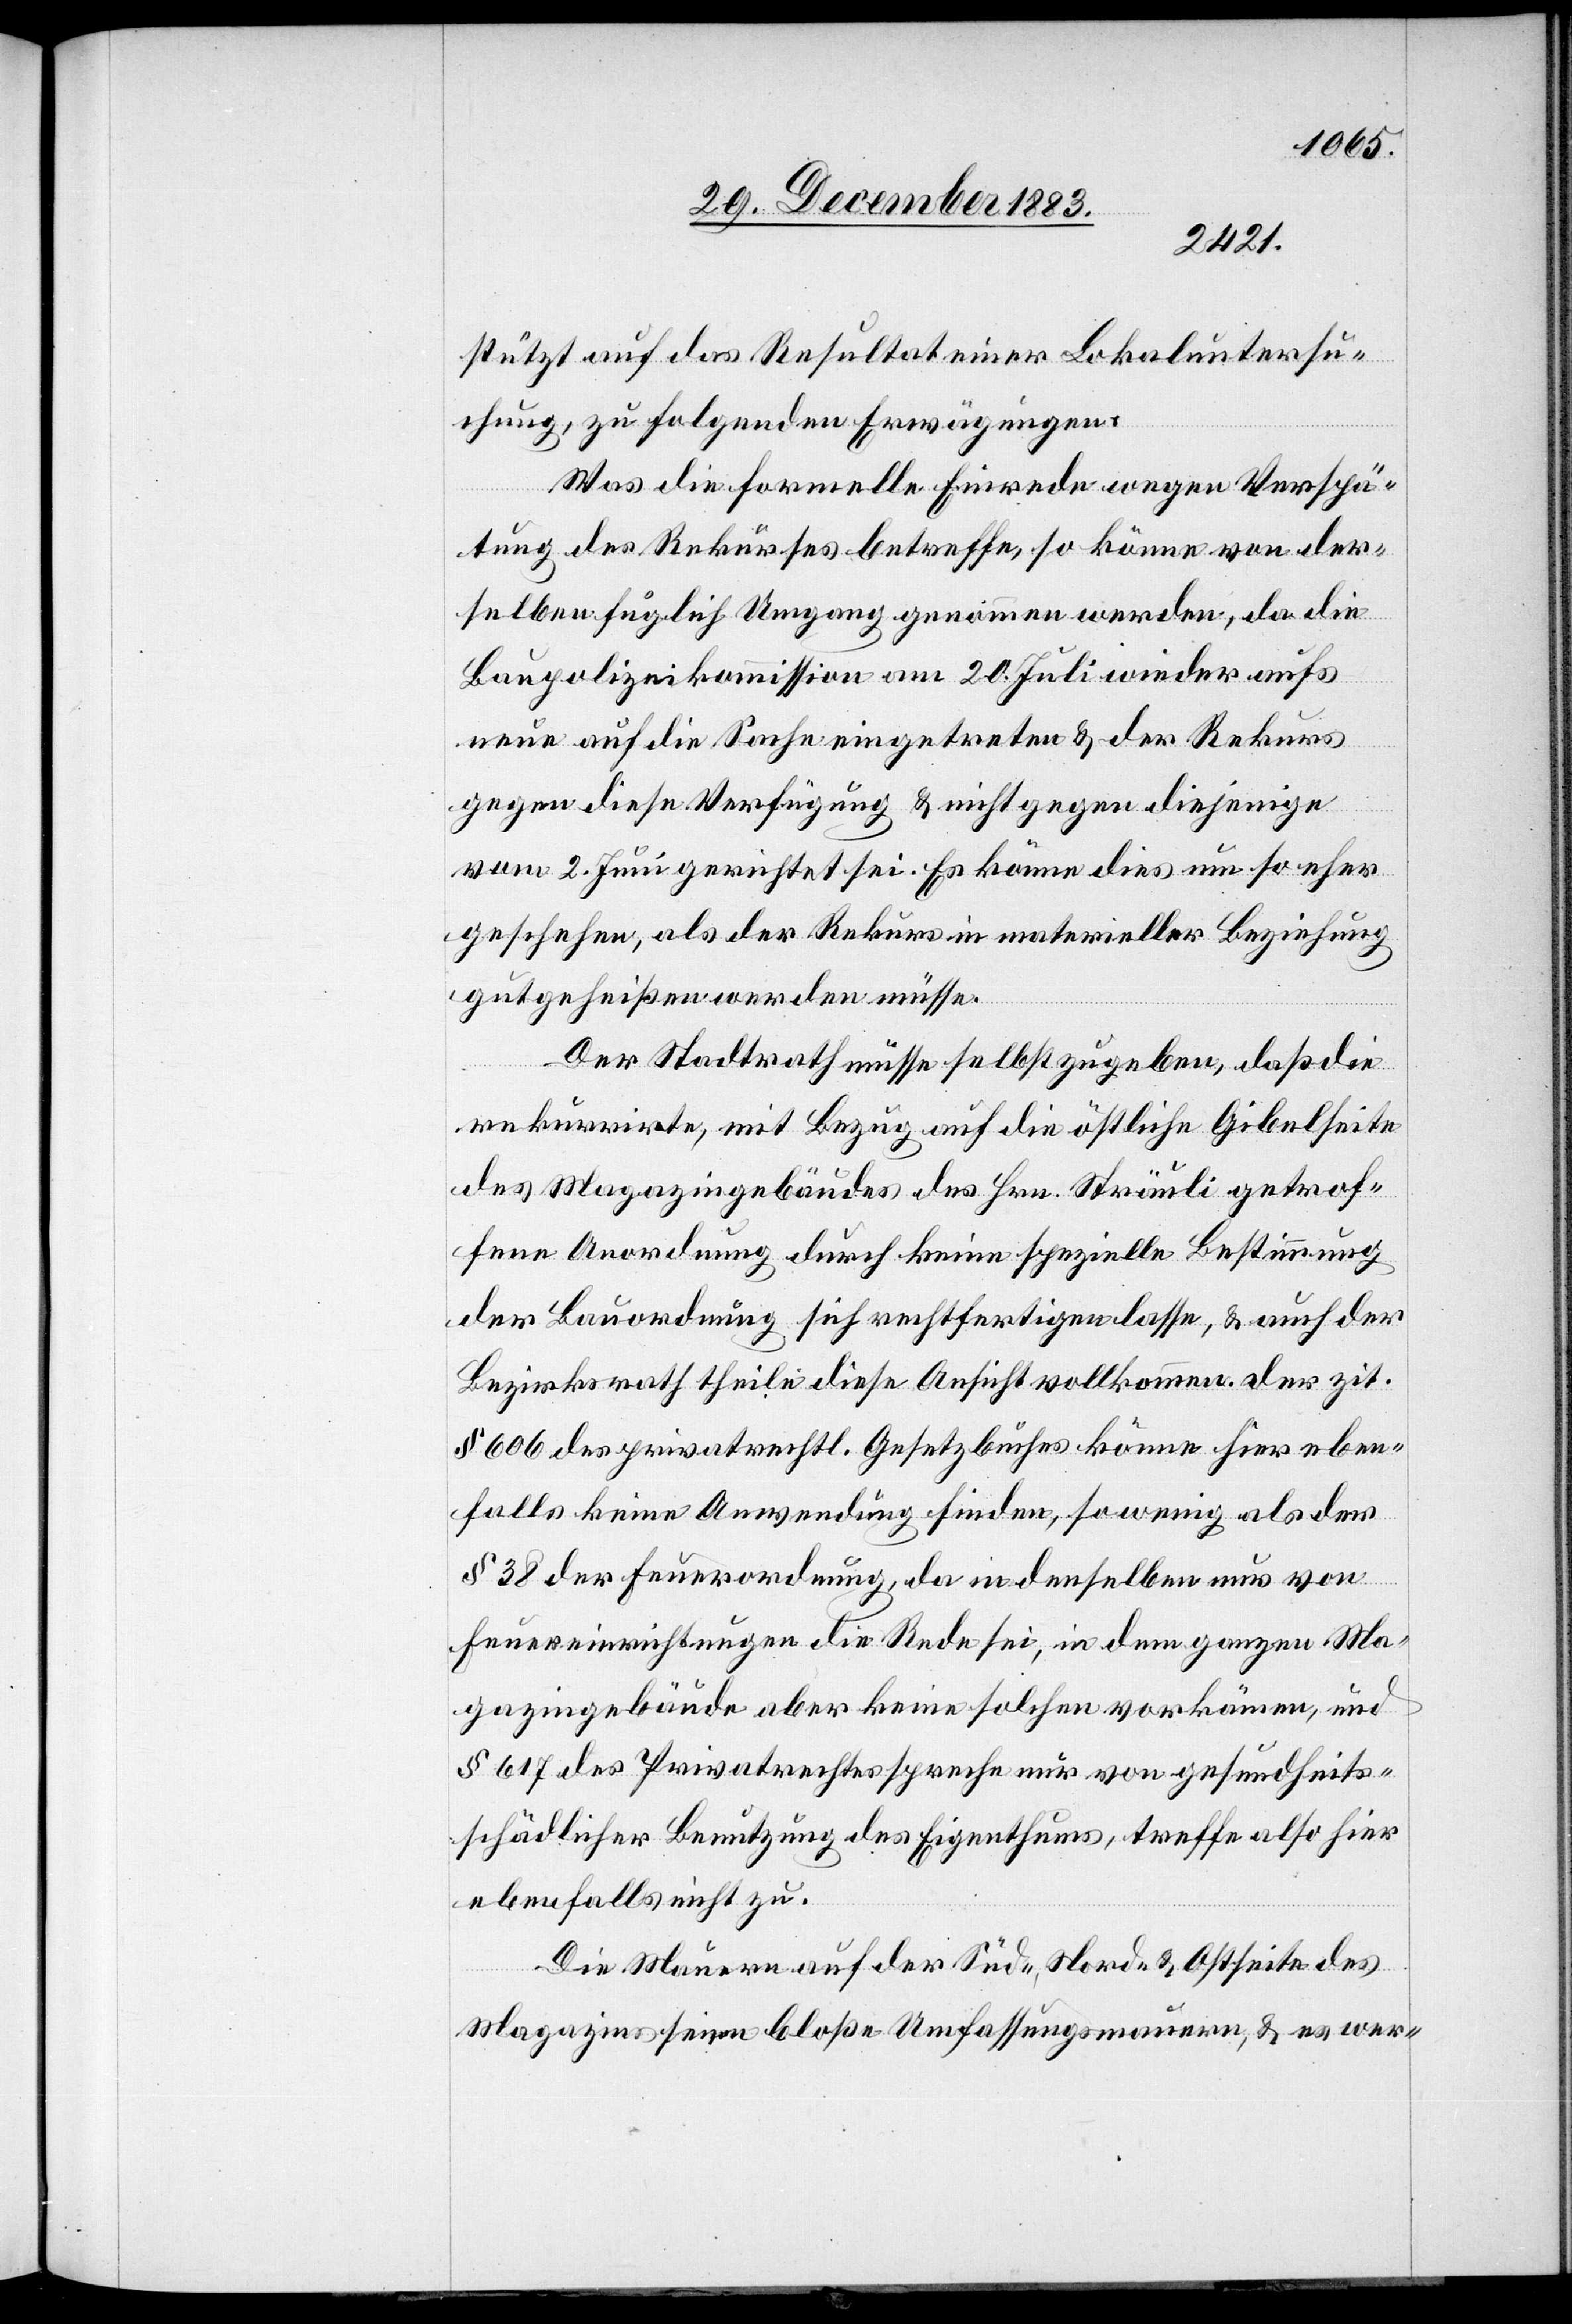
zit.
stützt auf das Resultat einer Lokaluntersu¬
chung, zu folgenden Erwägungen:
Was die formelle Einrede wegen Verspä¬
tung des Rekurses betreffe, so könne von der¬
selben fuglich Umgang genommen werden, da die
Baupolizeikommission am 20. Juli wieder aufs
neue auf die Sache eingetreten & der Rekurs
gegen diese Verfügung & nicht gegen diejenige
vom 2. Juni gerichtet sei. Es könne dies um so eher
geschehen, als der Rekurs in materieller Beziehung
gutgeheißen werden müsse.
Der Stadtrath müsse selbst zugeben, daß die
rekurrirte, mit Bezug auf die östliche Gibelseite
des Magazingebäudes des Hrn. Sträuli getrof¬
fene Anordnung durch keine spezielle Bestimmung
der Bauordnung sich rechtfertigen lasse, & auch der
Bezirksrath theile diese Ansicht vollkommen. der
§ 606 des privatrechtl. Gesetzbuches könne hier eben¬
falls keine Anwendung finden, so wenig als der
§ 38 der Feuerordnung, da in denselben nur von
Feuereinrichtungen die Rede sei, in dem ganzen Ma¬
gazingebäude aber keine solchen vorkämen, und
§ 617 des Privatrechtes spreche nur von gesundheits¬
schädlicher Benutzung des Eigenthums, treffe also hier
ebenfalls nicht zu.
Die Mauern auf der Süd-, Nord- & Ostseite des
Magazins seien bloße Umfassungsmauern, & es wer-